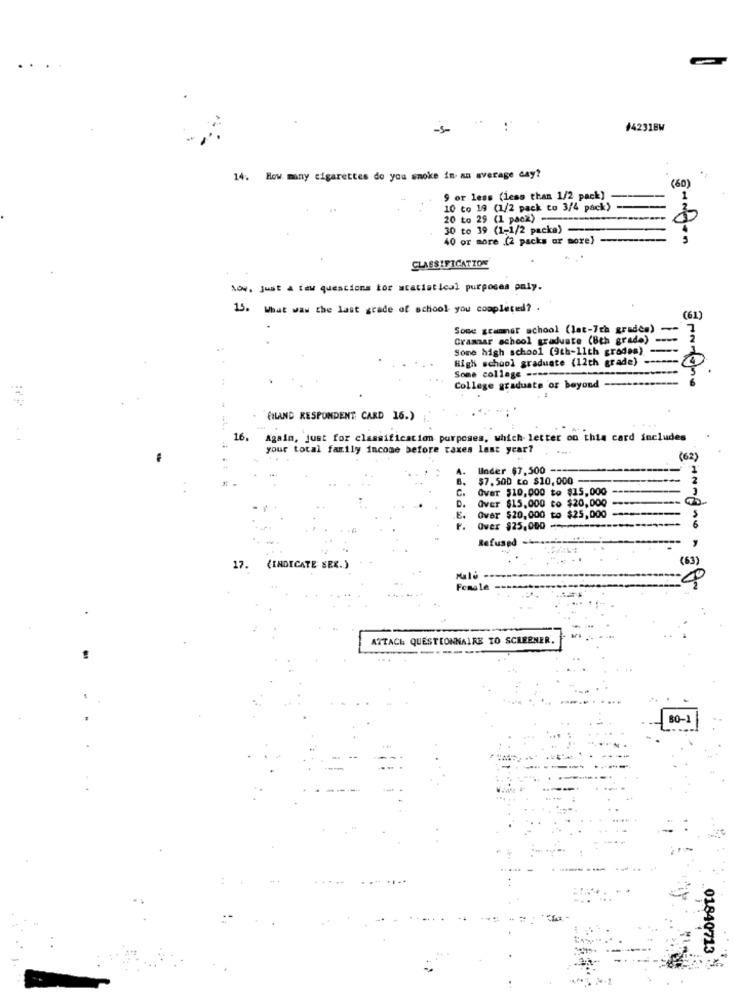
-5-
#42318W
14. How many cigarettes do you smoke in an average day?
(60)
9 or less (less than 1/2 pack]
1
10 to 19 (1/2 pack to 3/4 pack)
20 to 29 (1 pack) ---
30 to 39 (1-1/2 packa)
40 or more (2 packs or more) ---
CLASSIFICATION
Now, just a few questions for statistical purposes paly.
15. What waw the last grade of school you completed? .
(61)
Some grammar school (lat-7th grades) --
Grammar school graduate (8th grade) ----
Some high school (9th-11th grades) ----
High school graduate (12th grade) ---
Some collage ----
:
College graduate or beyond -----
(HAND RESPONDENT CARD 16.)
16.
Again, just for classification purposes, which letter on this card includes
your total family income before taxes last year?
(62)
Under $7,500 -
$7.500 to $10, 000
C.
Over $10,000 to $15,000
Over $15,000 to $20,000
D.
.E.
Over $20,000 to $25,000
F.
Over $25,000
Refused -
17. (INDICATE SEX.)
(63)
Feme 1
ATTACH QUESTIONNAIRE TO SCREENER.
80-1
01840713